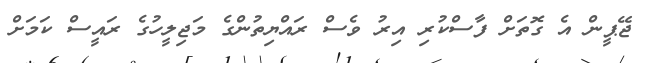
ޖޭޕީން އެ ގޮތަށް ފާސްކުރި އިރު ވެސް ރައްޔިތުންގެ މަޖިލީހުގެ ރައީސް ކަމަށް